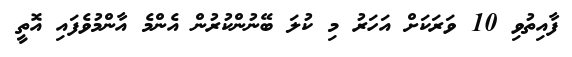
ފާއިތުވި 10 ވަރަކަށް އަހަރު މި ކުލަ ބޭނުންކުރުން އެންމެ އާންމުވެފައި އޮތީ